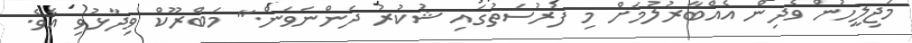
މަޖިލީހުން ވެދިން އެއްބާރުލުމަށް މި ފުރުސަތުގައި ޝުކުރު ދަންނަވަން." މަބްރޫކް ވިދާޅުވި އެވެ.